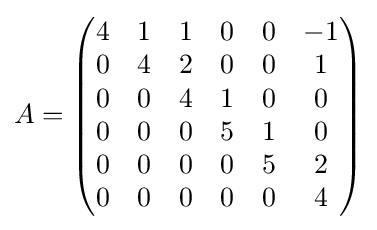
A={\begin{pmatrix}4&1&1&0&0&-1\\0&4&2&0&0&1\\0&0&4&1&0&0\\0&0&0&5&1&0\\0&0&0&0&5&2\\0&0&0&0&0&4\end{pmatrix}}